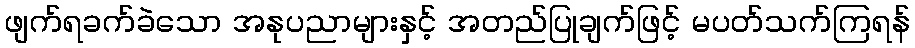
ဖျက်ရခက်ခဲသော အနုပညာများနှင့် အတည်ပြုချက်ဖြင့် မပတ်သက်ကြရန်